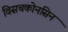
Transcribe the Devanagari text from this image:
विसचकोनसिन